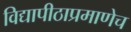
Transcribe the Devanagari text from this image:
विद्यापीठाप्रमाणेच